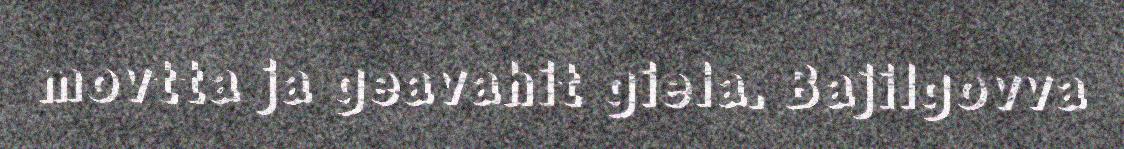
movtta ja geavahit giela. Bajilgovva